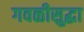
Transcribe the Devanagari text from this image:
गवळीसुद्धा